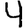
Digit: 4